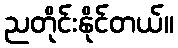
ညတိုင်းနိုင်တယ်။